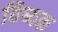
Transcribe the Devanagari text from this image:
विष्यक